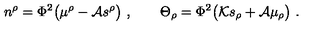
n ^ { \rho } = \Phi ^ { 2 } \big ( \mu ^ { \rho } - { \cal A } s ^ { \rho } \big ) \ , \qquad \Theta _ { \rho } = \Phi ^ { 2 } \big ( { \cal K } s _ { \rho } + { \cal A } \mu _ { \rho } \big ) \ .